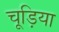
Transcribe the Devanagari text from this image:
चूड़िया